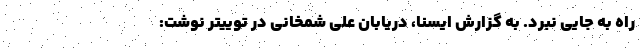
راه به جایی نبرد. به گزارش ایسنا، دریابان علی شمخانی در توییتر نوشت: